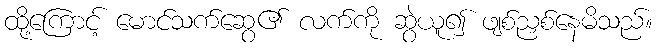
ထို့ကြောင့် မောင်သက်ဆွေ၏ လက်ကို ဆွဲယူ၍ ဖျစ်ညှစ်နေမိသည်။